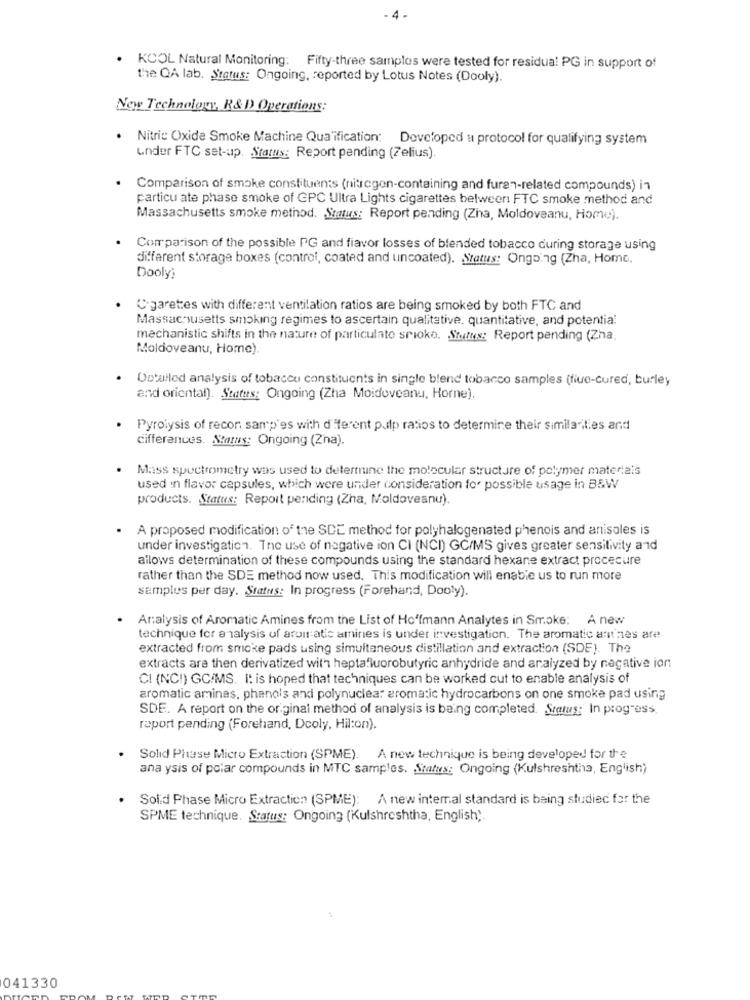
- 4 .
KCOL Natural Monitoring: Fifty-three samples were tested for residua! PG in support of
the QA lab. Status: Ongoing, reported by Lotus Notes (Dooly).
New Technology, R& D Operations:
. Nitric Oxide Smoke Machine Qualification: Developed a protocol for qualifying system
under FTC set-up. Status: Report pending (Zelius).
Comparison of smoke constituents (nitrogen-containing and furen-related compounds) in
particu ate phase smoke of CPC Ultra Lights cigarettes belweer FTC smoke method and
Massachusetts smoke method. Status: Report pending (Zna, Moldoveanu, Home).
Comparison of the possible PG and fiavor losses of blended tobacco during storage using
different storage boxes (control, coated and uncoated). Status: Ongoing (Zha, Home.
Dooly)
Cigarettes with different ventilation ratios are being smoked by both FTC and
Massachusetts smoking regimes to ascertain qualitative, quantitative, and potential
mechanistic shifts in the nature of particulate srioko. Stettes: Report pending (Zha.
Moldoveanu, Home).
Detailed analysis of tobacco constituents in single blend tobacco samples (fiue-cured, burley
and oriental). Status: Ongoing (Zha Moidoveanu, Horne).
Pyrolysis of recon samp'es with d'Herent pulp ratios to determine their similarities and
differences. Status: Ongoing (Zna).
Mass spectrometry was used to determine the molecular structure of polymer materials
used in flavor capsules, which were under consideration for possible usage in BBW
products. Status: Report pending (Zna, Moldoveanu).
A proposed modification of the SCE method for polyhalogenated phenois and anisoles is
under investigation. The use of negative ion CI (NCI) GC/MS gives greater sensitivity and
allows determination of these compounds using the standard hexane extract procecure
rather than the SDE method now used. This modification will enable us to run more
samples per day. Status: In progress (Forehand, Dooly).
Analysis of Aromatic Amines from the List of Hofmann Analytes in Smoke: A new
technique for analysis of aruir atic amines is under investigation. The aromatic ant'nes are
extracted from smoke pads using simultaneous distillation and extraction (SDE). The
extracts are then derivatized with heptafluorobutyric anhydride and analyzed by negative ion
CI (NCI) GC/MS. It is hoped that techniques can be worked cut to enable analysis of
aromatic aminas, phenols and polynuclear aromatic hydrocarbons on one smoke pad using
SDE. A report on the original method of analysis is being completed. Status: In progress.
raport pending (Forehand, Dcoly, Hilton).
Solid Phase Micro Extraction (SPME).
A new technique is being developed for the
ana ysis of polar compounds in MTC samples. Status: Ongoing (Kulshreshtha, English)
Solid Phase Micro Extraction (SPME): A new internal standard is being studied for the
SPME technique. Status: Ongoing (Kulshreshtha, English).
041330